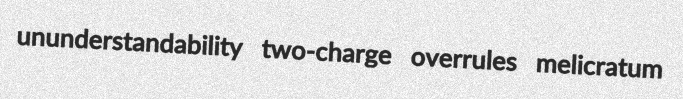
ununderstandability two-charge overrules melicratum